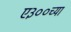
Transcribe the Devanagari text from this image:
ए३००च्या